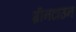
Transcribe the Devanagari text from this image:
ग्रीनटाउन